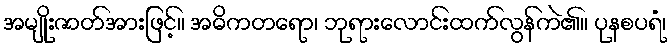
အမျိုးဇာတ်အားဖြင့်။ အဓိကတရော၊ ဘုရားလောင်းထက်လွန်ကဲ၏။ ပုနစပရံ၊